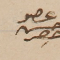
عضو حسن حصِر